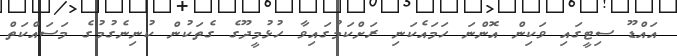
އައްޑޫ ސިޓީގައި ވަކިން އޮންނަ ހަމައެކަނި ރަށްކަމުގައިވާ ހުޅުމީދޫގެ ގެތަކުން ކުނިނެގުމުގެ މަސައްކަތް